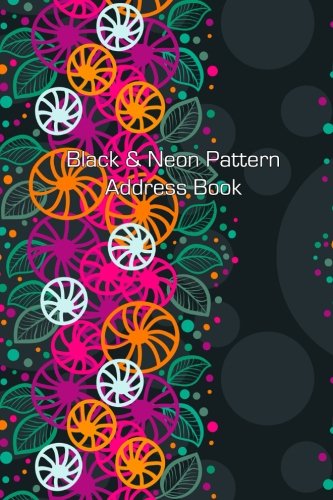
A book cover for Black & Neon Pattern Address Book (Address Books) (Volume 3); Jot Spot Stationary; Business & Money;